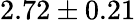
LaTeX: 2.72\pm 0.21